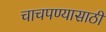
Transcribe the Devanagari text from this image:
चाचपण्यासाठी